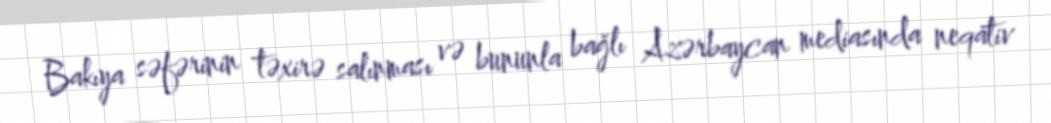
Bakıya səfərinin təxirə salınması və bununla bağlı Azərbaycan mediasında neqativ